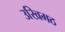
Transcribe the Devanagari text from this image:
उखिमठ